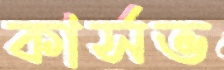
কার্সভ